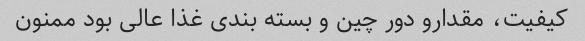
کیفیت، مقدارو دور چین و بسته بندی غذا عالی بود ممنون